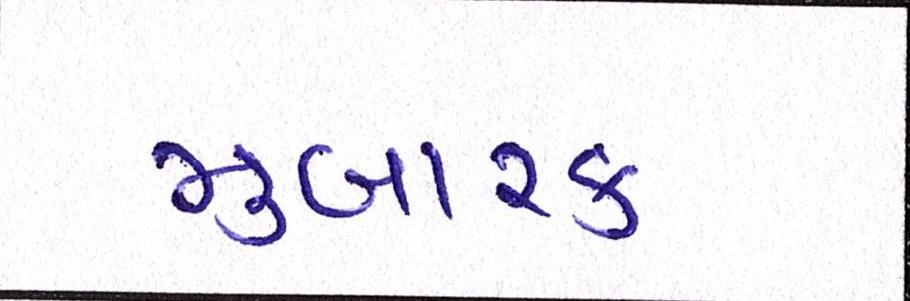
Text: મુબારક